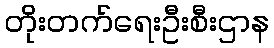
တိုးတက်ရေးဦးစီးဌာန